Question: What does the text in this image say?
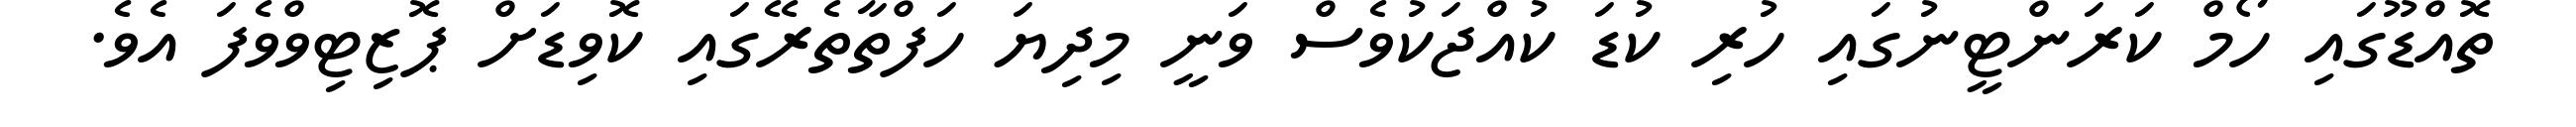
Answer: ތޮއްޑޫގައި ހޯމް ކަރަންޓީނުގައި ހުރި ކުޑަ ކުއްޖަކުވެސް ވަނީ މިދިޔަ ހަފްތާތެރޭގައި ކޮވިޑަށް ޕޮޒިޓިވްވެފަ އެވެ.